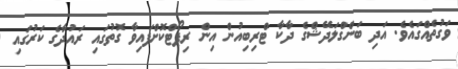
ވަގުތެއްގައެވެ. އަދި ބަންގްލަދޭޝްގެ ދާކާ ޓްރިބިއުން އިން ރިޕޯޓްކޮށްފައިވާ ގޮތުގައި ރައުދާގެ ކަރުގައި